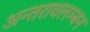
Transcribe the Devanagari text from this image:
अन्तरावलम्बन